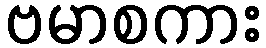
ဗမာစကား